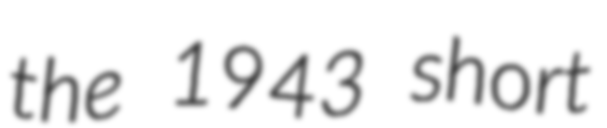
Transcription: the 1943 short